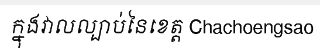
ក្នុងវាលល្បាប់នៃខេត្ត Chachoengsao